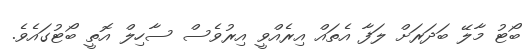
ބޯޓު މާލޭ ބަދަރަށް ލަފާ އެތައް އިރެއްވީ އިރުވެސް ސާހިލް އޮތީ ބޯޓުގައެވެ.